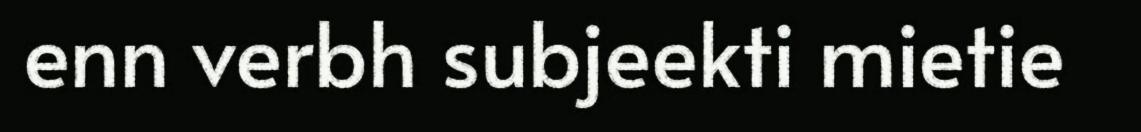
enn verbh subjeekti mietie